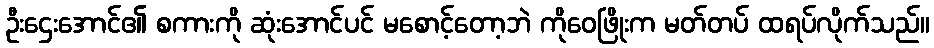
ဦးဌေးအောင်၏ စကားကို ဆုံးအောင်ပင် မစောင့်တော့ဘဲ ကိုဝေဖြိုးက မတ်တပ် ထရပ်လိုက်သည်။